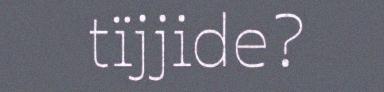
tïjjide?